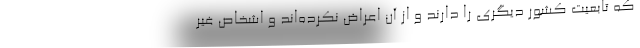
که تابعیت کشور دیگری را دارند و از آن اعراض نکرده‌اند و اشخاص غیر